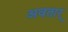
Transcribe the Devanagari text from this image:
अवतार्